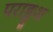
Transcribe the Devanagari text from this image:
पराङ्कुश